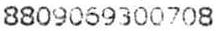
8809069300708